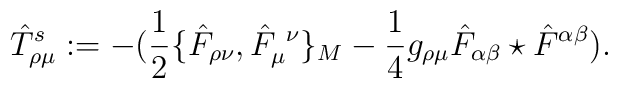
\hat T^s_{\rho\mu} := -\big({1\over2}\{\hat F_{\rho\nu}, \hat F_\mu^{\ \nu}\}_M-{1\over4}g_{\rho\mu}\hat F_{\alpha\beta}\star \hat F^{\alpha\beta}\big).